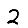
Digit: 2